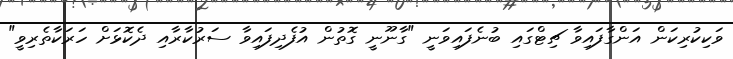
ވަކިކުރިކަން އަންގާފައިވާ ޗިޓްގައި ބުނެފައިވަނީ "ގާނޫނީ ގޮތުން އުފެދިފައިވާ ސަރުކާރާއި ދެކޮޅަށް ހަރަކާތެރިވީ"